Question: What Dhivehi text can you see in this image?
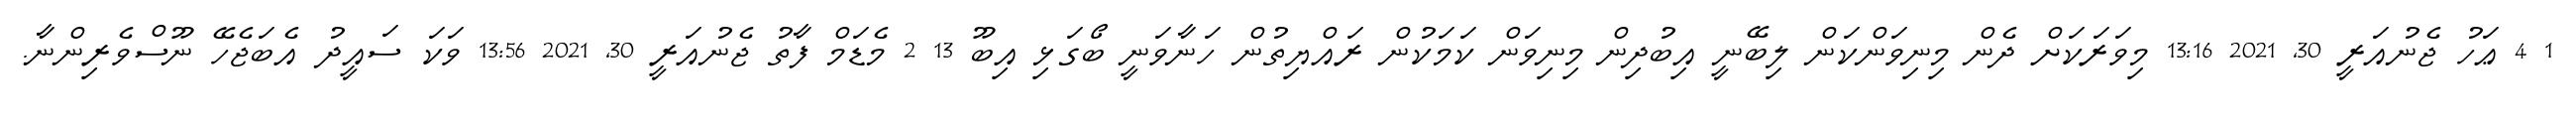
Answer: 1 4 ޢަހު ޖެނުއަރީ 30, 2021 13:16 މިވަރަކަށް ދެން މިނިވަންކަން ލިބޭނީ އިބުދިން މިނިވަން ކަމަކުން ރައްޔިތުން ހަނާވަނީ ބޯގަޅި އިބޫ 13 2 މެޑަމް ފާތު ޖެނުއަރީ 30, 2021 13:56 ވަކަ ސައީދު އެބަޖެހޭ ނޫސްވެރިންނާ.